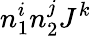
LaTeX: n_{1}^{i}n_{2}^{j}J^{k}